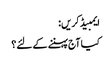
ایمبیڈ کریں:
کیا آج پہننے کے لئے؟